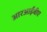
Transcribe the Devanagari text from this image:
आरआईबीए